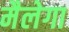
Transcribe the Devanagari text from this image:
मैलेगा